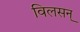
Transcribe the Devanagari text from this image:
विलसन्